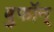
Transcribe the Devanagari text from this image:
बुफॉन्